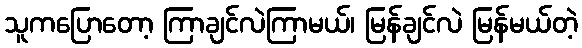
သူကပြောတော့ ကြာချင်လဲကြာမယ်၊ မြန်ချင်လဲ မြန်မယ်တဲ့